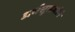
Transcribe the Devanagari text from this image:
अर्थसुलभतेने